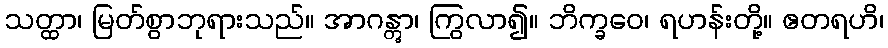
သတ္ထာ၊ မြတ်စွာဘုရားသည်။ အာဂန္တွာ၊ ကြွလာ၍။ ဘိက္ခဝေ၊ ရဟန်းတို့။ ဧတရဟိ၊